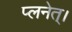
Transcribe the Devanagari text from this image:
प्लनेत्।